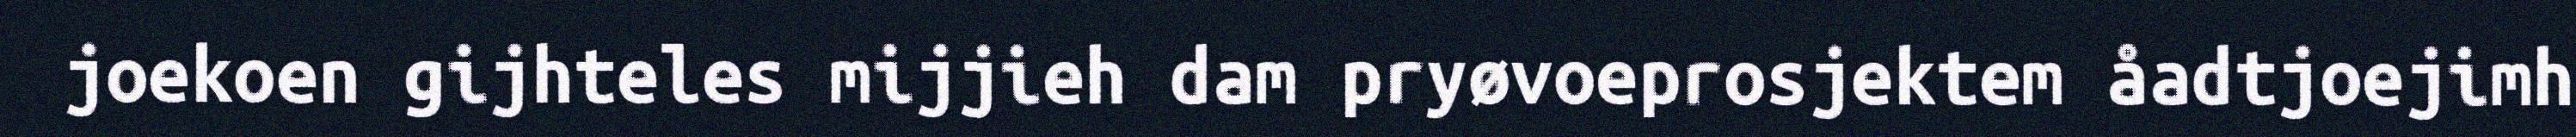
joekoen gijhteles mijjieh dam pryøvoeprosjektem åadtjoejimh